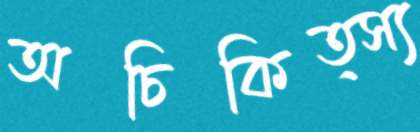
অচিকিত্স্য